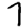
Digit: 7